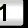
Digit: 1